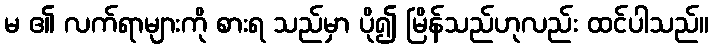
မ ၏ လက်ရာများကို စားရ သည်မှာ ပို၍ မြိန်သည်ဟုလည်း ထင်ပါသည်။